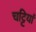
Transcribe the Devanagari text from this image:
चट्टियां